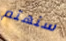
سنهتم